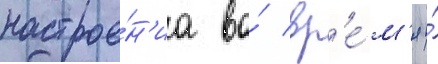
настрое́н'иа во́ вр'е́м'я и́